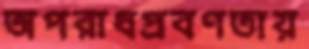
অপরাধপ্রবণতায়